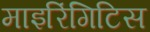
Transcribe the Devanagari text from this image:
माइरिंगिटिस